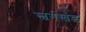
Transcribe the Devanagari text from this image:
स्वर्गखंड